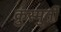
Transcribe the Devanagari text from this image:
क्रुस्मुर्ती